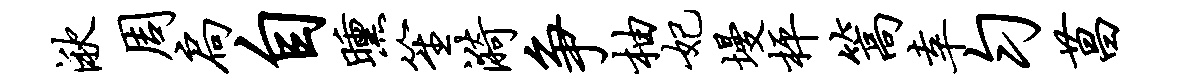
湫周扃自曛笙漪争柚妃墁枰篙幸匀菖